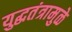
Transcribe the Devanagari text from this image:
युद्धतंत्रामुळे